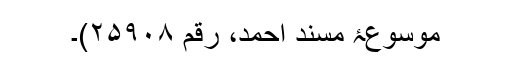
موسوعۂ مسند احمد، رقم ۲۵۹۰۸)۔